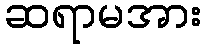
ဆရာမအား